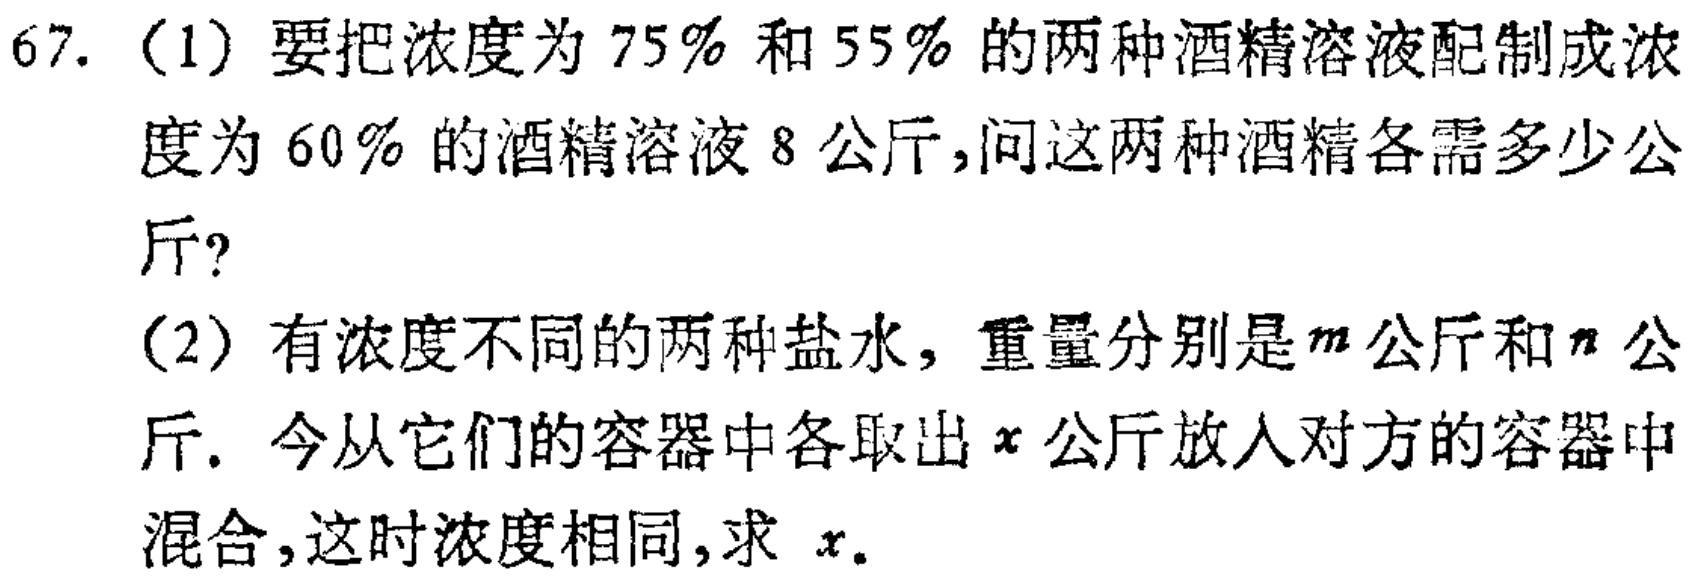
67. (1) 要把浓度为 \(75\%\) 和 \(55\%\) 的两种酒精溶液配制成浓度为 \(60\%\) 的酒精溶液 \(8\) 公斤，问这两种酒精各需多少公斤?
(2) 有浓度不同的两种盐水，重量分别是\(m\)公斤和\(n\)公斤. 今从它们的容器中各取出 \(x\) 公斤放人对方的容器中混合，这时浓度相同，求 \(x\).